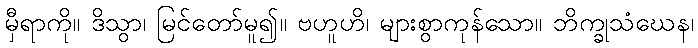
မှီရာကို။ ဒိသွာ၊ မြင်တော်မူ၍။ ဗဟူဟိ၊ များစွာကုန်သော။ ဘိက္ခုသံဃေန၊